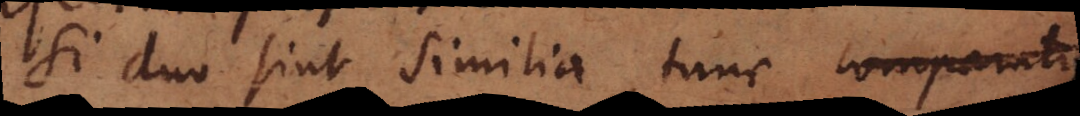
Si duo sint similia, tunc comparati